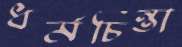
ধর্মচিন্তা